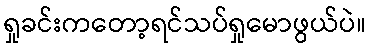
ရှုခင်းကတော့ရင်သပ်ရှုမောဖွယ်ပဲ။